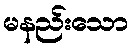
မနည်းသော